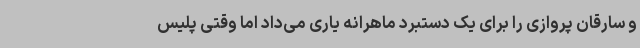
و سارقان پروازی را برای یک دستبرد ماهرانه یاری می‌داد اما وقتی پلیس